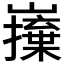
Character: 𭗦